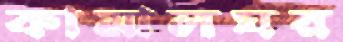
কামালঘর